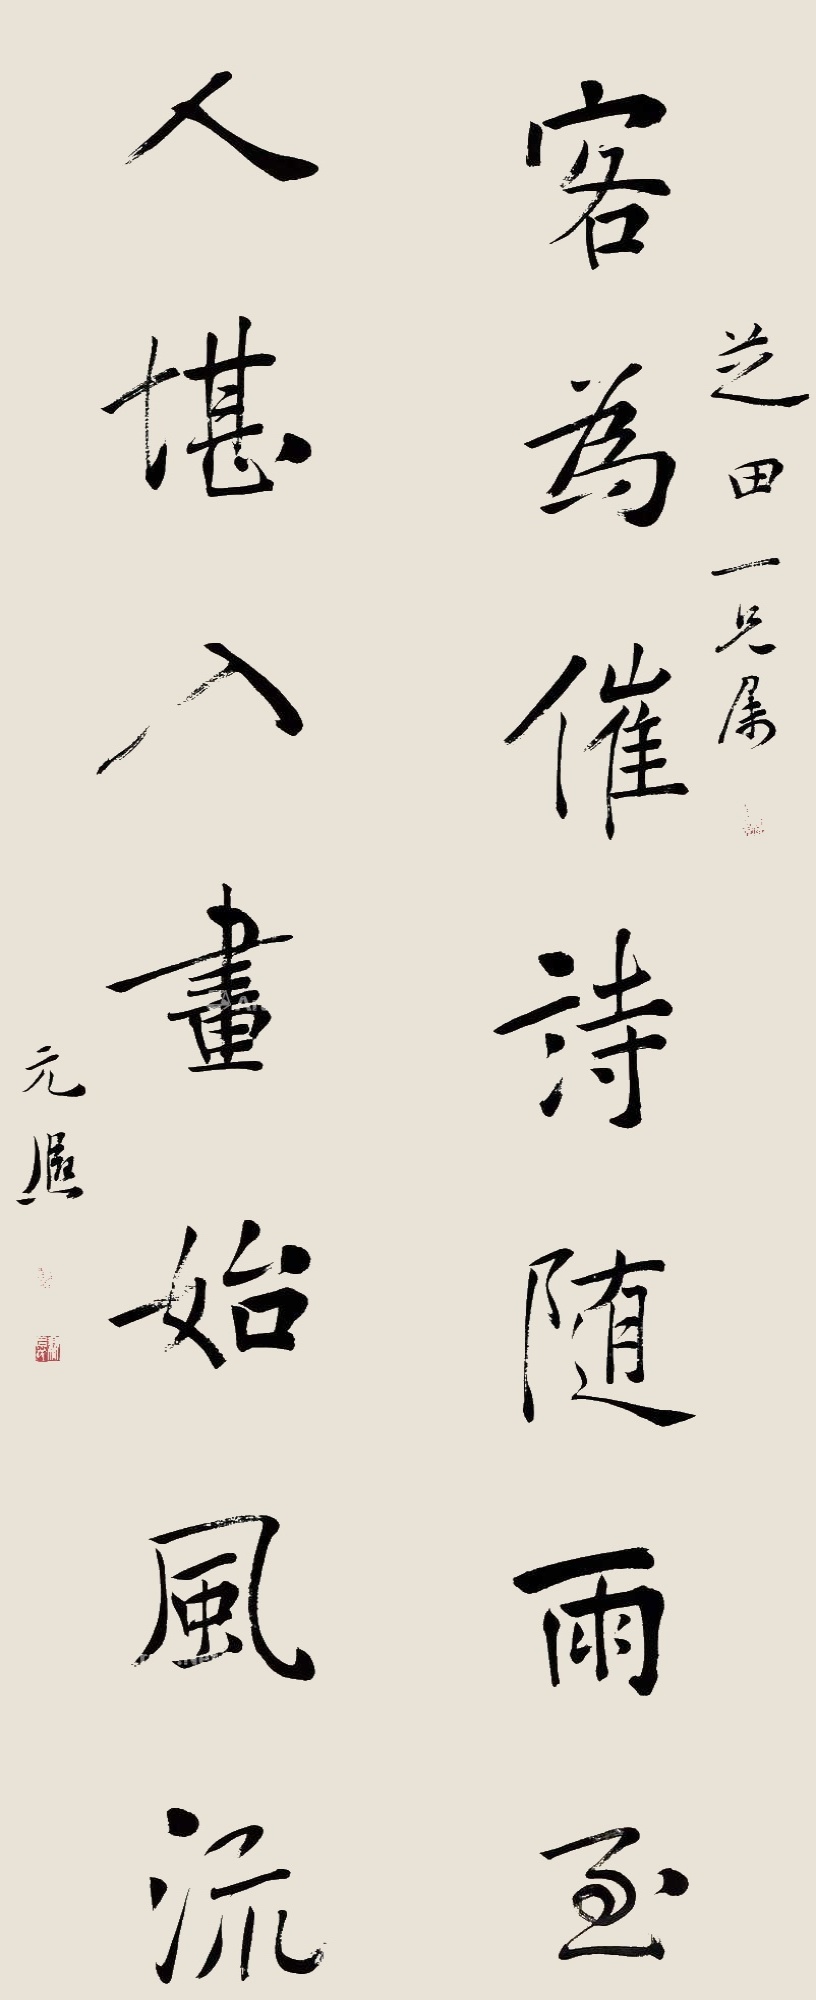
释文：客为催诗随雨至，人堪入画始风流。芝田一兄属，元熙。